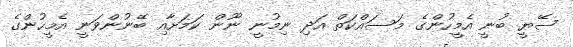
ސޭޔީ ބުނީ އެމީހުންގެ މަސައްކަތް އަދި ނިމުނީ ނޫން ކަމަށާއި ބޭނުންވަނީ އެމީހުންގެ